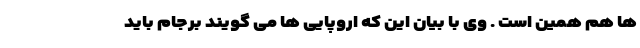
ها هم همین است . وی با بیان این که اروپایی ها می گویند برجام باید